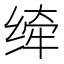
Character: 𰬮